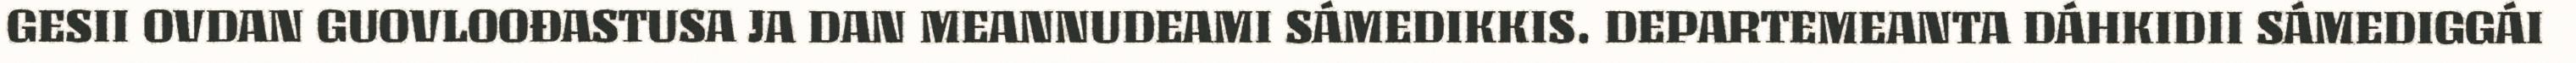
GESII OVDAN GUOVLOOĐASTUSA JA DAN MEANNUDEAMI SÁMEDIKKIS. DEPARTEMEANTA DÁHKIDII SÁMEDIGGÁI